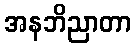
အနဘိညာတာ